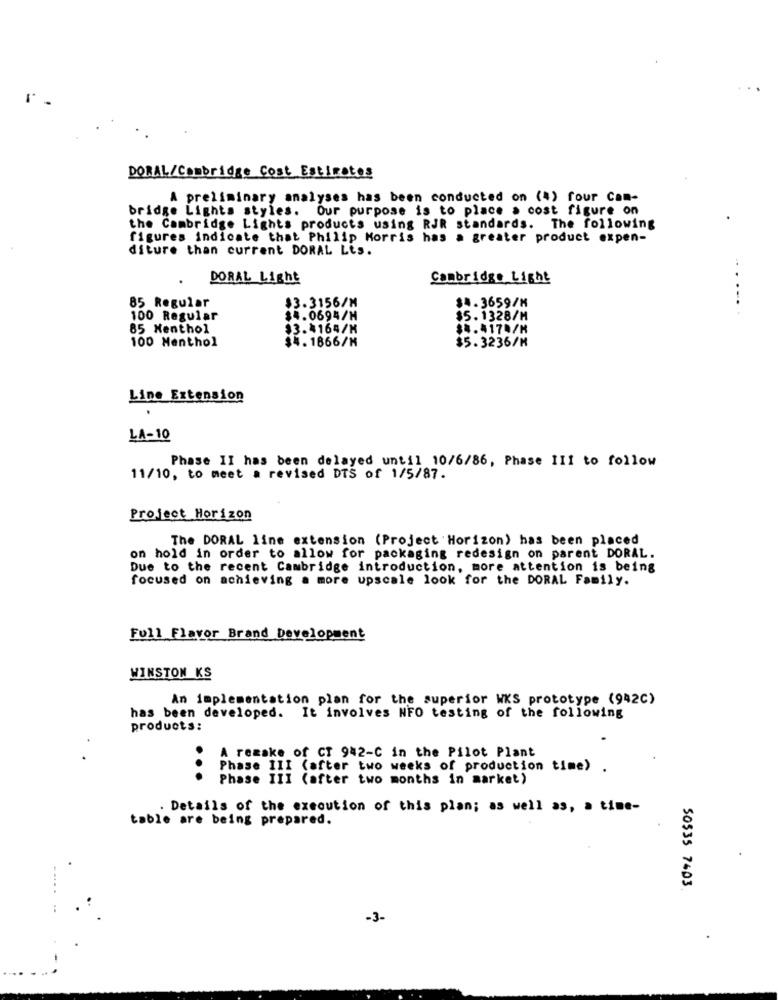
DORAL/Cambridge Cost Estimates
A preliminary analyses has been conducted on (4) four Cam-
bridge Lights styles. Our purpose is to place a cost figure on
the Cambridge Lights products using RJR standards. The following
figures indicate that Philip Morris has a greater product expen-
diture than current DORAL Lis.
DORAL Light
Cambridge Light
85 Regular
$3.3156/M
$4.3659/M
100 Regular
$4.0694/H
$5.1328/M
85 Menthol
$3.4164/M
$4.417./M
100 Menthol
$4.1866/H
$5.3236/M
Line Extension
LA-10
Phase II has been delayed until 10/6/86, Phase III to follow
11/10, to meet a revised DTS of 1/5/87.
Project Horizon
The DORAL line extension (Project Horizon) has been placed
on hold in order to allow for packaging redesign on parent DORAL.
Due to the recent Cambridge introduction, more attention is being
focused on achieving a more upscale look for the DORAL Family.
Full Flavor Brand Development
WINSTON KS
An implementation plan for the superior WKS prototype (942C)
has been developed. It involves NFO testing of the following
products:
A remake of CT 942-C in the Pilot Plant
Phase III (after two weeks of production time) .
...
Phase III (after two months in market)
. Details of the execution of this plan; as well as, a time-
table are being prepared.
50535 7403
-3-